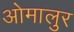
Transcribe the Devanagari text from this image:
ओमालुर